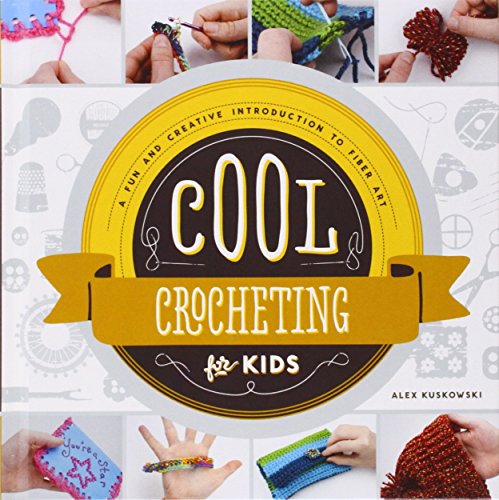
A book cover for Cool Crocheting for Kids: A Fun and Creative Introduction to Fiber Art (Cool Fiber Art); Alex Kuskowski; Crafts, Hobbies & Home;